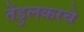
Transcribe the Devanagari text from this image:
तेंडुलकरचे